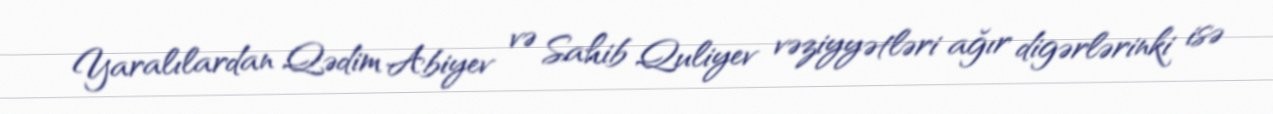
Yaralılardan Qədim Abiyev və Sahib Quliyev vəziyyətləri ağır digərlərinki isə